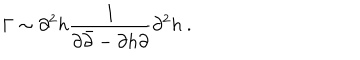
\Gamma \sim \partial ^ { 2 } h \frac { 1 } { \partial \bar { \partial } - \partial h \partial } \partial ^ { 2 } h \ .